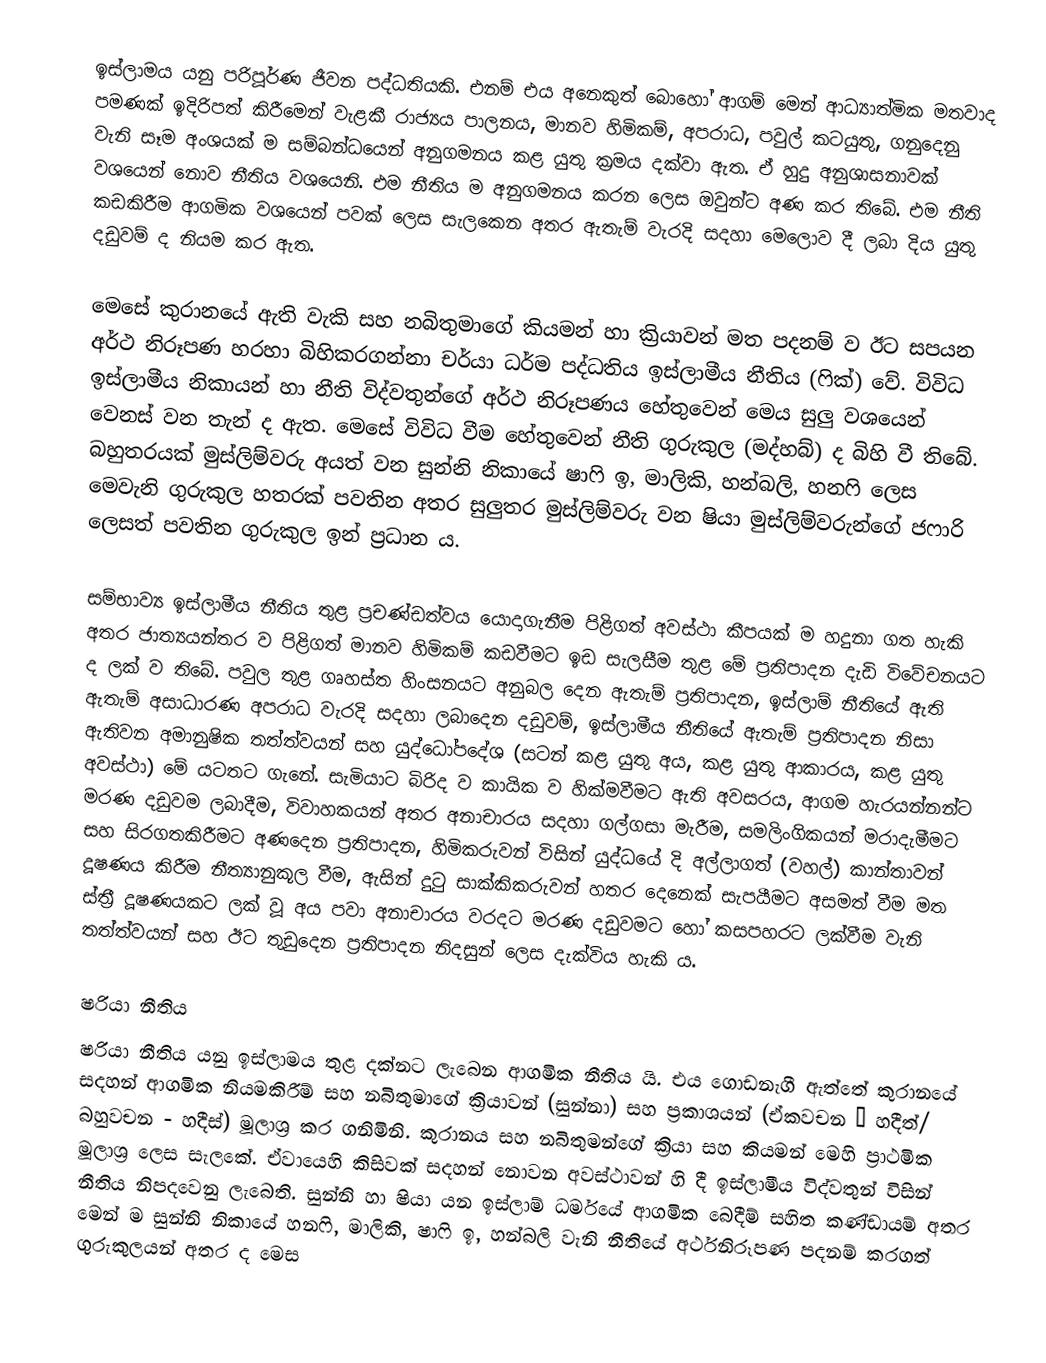
ඉස්ලාමය යනු පරිපූර්ණ ජීවන පද්ධතියකි. එනම් එය අනෙකුත් බොහෝ ආගම් මෙන් ආධ්‍යාත්මික මතවාද පමණක් ඉදිරිපත් කිරීමෙන් වැළකී රාජ්‍යය පාලනය, මානව හිමිකම්, අපරාධ, පවුල් කටයුතු, ගනුදෙනු වැනි සෑම අංශයක් ම සම්බන්ධයෙන් අනුගමනය කළ යුතු ක්‍රමය දක්වා ඇත. ඒ හුදු අනුශාසනාවක් වශයෙන් නොව නීතිය වශයෙනි. එම නීතිය ම අනුගමනය කරන ලෙස ඔවුන්ට අණ කර තිබේ. එම නීති කඩකිරීම ආගමික වශයෙන් පවක් ලෙස සැලකෙන අතර ඇතැම් වැරදි සදහා මෙලොව දී ලබා දිය යුතු දඩුවම් ද නියම කර ඇත.

මෙසේ කුරානයේ ඇති වැකි සහ නබිතුමාගේ කියමන් හා ක්‍රියාවන් මත පදනම් ව ඊට සපයන අර්ථ නිරූපණ හරහා බිහිකරගන්නා චර්යා ධර්ම පද්ධතිය ඉස්ලාමීය නීතිය (ෆික්) වේ. විවිධ ඉස්ලාමීය නිකායන් හා නීති විද්වතුන්ගේ අර්ථ නිරූපණය හේතුවෙන් මෙය සුලු වශයෙන් වෙනස් වන තැන් ද ඇත. මෙසේ විවිධ වීම හේතුවෙන් නීති ගුරුකුල (මද්හබ්) ද බිහි වී තිබේ. බහුතරයක් මුස්ලිම්වරු අයත් වන සුන්නි නිකායේ ෂාෆි ඉ, මාලිකි, හන්බලි, හනෆි ලෙස මෙවැනි ගුරුකුල හතරක් පවතින අතර සුලුතර මුස්ලිම්වරු වන ෂියා මුස්ලිම්වරුන්ගේ ජෆාරි ලෙසත් පවතින ගුරුකුල ඉන් ප්‍රධාන ය.

සම්භාව්‍ය ඉස්ලාමීය නීතිය තුළ ප්‍රචණ්ඩත්වය යොදාගැනීම පිළිගත් අවස්ථා කීපයක් ම හදුනා ගත හැකි අතර ජාත්‍යයන්තර ව පිළිගත් මානව හිමිකම් කඩවීමට ඉඩ සැලසීම තුළ මේ ප්‍රතිපාදන දැඩි විවේචනයට ද ලක් ව තිබේ. පවුල තුළ ගෘහස්ත හිංසනයට අනුබල දෙන ඇතැම් ප්‍රතිපාදන, ඉස්ලාම් නීතියේ ඇති ඇතැම් අසාධාරණ අපරාධ වැරදි  සදහා ලබාදෙන දඩුවම්, ඉස්ලාමීය නීතියේ ඇතැම් ප්‍රතිපාදන නිසා ඇතිවන අමානුෂික තත්ත්වයන් සහ යුද්ධෝපදේශ (සටන් කළ යුතු අය, කළ යුතු ආකාරය, කළ යුතු අවස්ථා) මේ යටතට ගැනේ. සැමියාට බිරිද ව කායික ව හික්මවීමට ඇති අවසරය, ආගම හැරයන්නන්ට මරණ දඩුවම ලබාදීම, විවාහකයන් අතර අනාචාරය සදහා ගල්ගසා මැරීම, සමලිංගිකයන් මරාදැමීමට සහ සිරගතකිරීමට අණදෙන ප්‍රතිපාදන, හිමිකරුවන් විසින් යුද්ධයේ දි අල්ලාගත් (වහල්) කාන්තාවන් දූෂණය කිරීම නීත්‍යානුකූල වීම, ඇසින් දුටු සාක්කිකරුවන් හතර දෙනෙක් සැපයීමට අසමත් වීම මත ස්ත්‍රී දූෂණයකට ලක් වූ අය පවා අනාචාරය වරදට මරණ දඩුවමට හෝ කසපහරට ලක්වීම වැනි තත්ත්වයන් සහ ඊට තුඩුදෙන ප්‍රතිපාදන නිදසුන් ලෙස දැක්විය හැකි ය.

ෂරියා නීතිය
ෂරියා නීතිය යනු ඉස්ලාමය තුළ දක්නට ලැබෙන ආගමික නීතිය යි. එය ගොඩනැගී ඇත්තේ කුරානයේ සදහන් ආගමික නියමකිරීම් සහ නබිතුමාගේ ක්‍රියාවන් (සුන්නා) සහ ප්‍රකාශයන් (ඒකවචන – හදීත්/ බහුවචන - හදීස්) මූලාශ්‍ර කර ගනිමිනි. කුරානය සහ නබිතුමන්ගේ ක්‍රියා සහ කියමන් මෙහි ප්‍රාථමික මූලාශ්‍ර ලෙස සැලකේ. ඒවායෙහි කිසිවක් සදහන් නොවන අවස්ථාවන් හි දී ඉස්ලාමීය විද්වතුන් විසින් නීතිය නිපදවෙනු ලැබෙති. සුන්නි හා ෂියා යන ඉස්ලාම් ධර්මයේ ආගමික බෙදීම් සහිත කණ්ඩායම් අතර මෙන් ම සුන්නි නිකායේ හනෆි, මාලිකි, ෂාෆි ඉ, හන්බලි වැනි නීතියේ අර්ථනිරූපණ පදනම් කරගත් ගුරුකුලයන් අතර ද මෙස